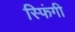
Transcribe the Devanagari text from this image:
स्फिंगी